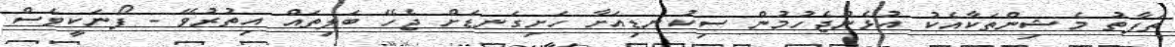
ތަފާތު މެޝިންތަކާއެކު އުޅެންޖެހުމުން ސިކުނޑިއަށާ ހަށިގަނޑަށް ޖެހޭ ބަލިތައް އިތުރުވޭ - ފޯނަކީވެސް